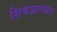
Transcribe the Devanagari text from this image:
शिवआराधन